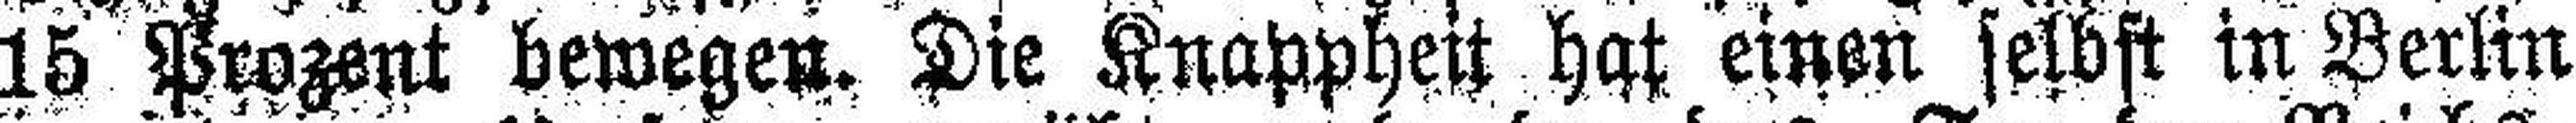
15 Prozent bewegen. Die Knappheit hat einen selbst in Berlin